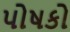
પોષકો